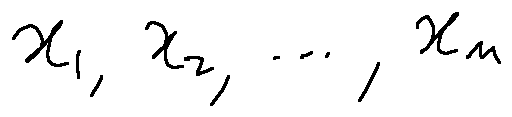
x _ { 1 } , x _ { 2 } , \ldots , x _ { n }